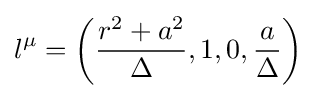
l^{\mu }=\left({\frac {r^{2}+a^{2}}{\Delta }},1,0,{\frac {a}{\Delta }}\right)